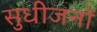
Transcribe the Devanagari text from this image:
सुधीजनों